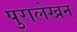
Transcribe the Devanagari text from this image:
पुरालेखन